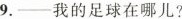
9.-我的足球在哪儿?